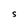
Character: S